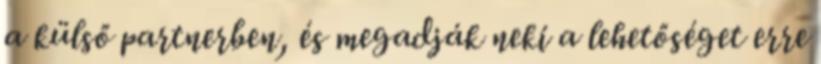
a külső partnerben, és megadják neki a lehetőséget erre